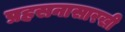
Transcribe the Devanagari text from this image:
प्रहसनासारखी